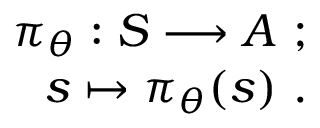
\begin{array} { r } { \pi _ { \theta } : S \longrightarrow A \mathrm { ~ } ; } \\ { s \mapsto \pi _ { \theta } ( s ) ~ . } \end{array}